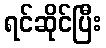
ရင်ဆိုင်ပြီး